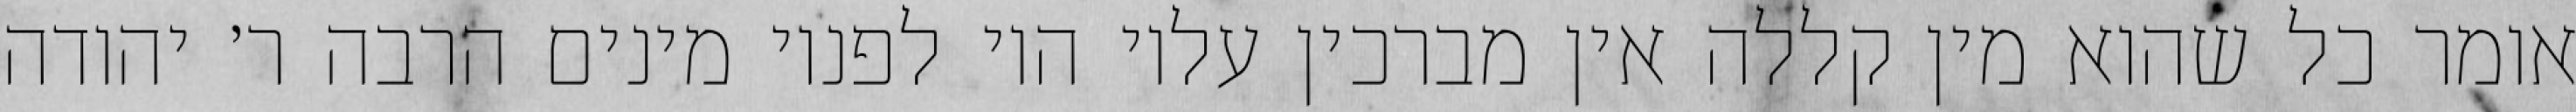
אומר כל שהוא מין קללה אין מברכין עליו היו לפניו מינים הרבה ר׳ יהודה